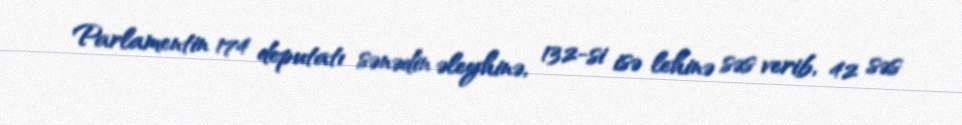
Parlamentin 174 deputatı sənədin əleyhinə, 132-si isə lehinə səs verib, 42 səs